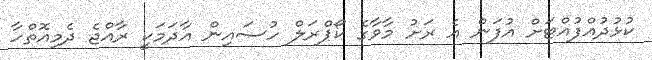
ކުޅުދުއްފުއްޓަށް އުފަން އެ ރަށު މާވާގެ ކޯޕްރަލް ހުސައިން އާދަމަކީ ރާއްޖެ ދެމިއޮތްހާ